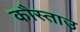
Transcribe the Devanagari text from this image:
कौस्ताउ